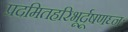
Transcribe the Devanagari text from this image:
प्रदमितहरिभूर्दूषणघ्नः